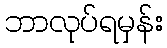
ဘာလုပ်ရမှန်း